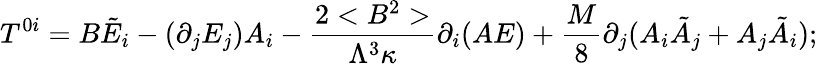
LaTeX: T^{0i}=B\tilde{E}_{i}-(\partial_{j}E_{j})A_{i}-\frac{2<B^{2}>}{\Lambda^{3}\kappa}\partial_{i}(AE)+\frac{M}{8}\partial_{j}(A_{i}\tilde{A}_{j}+A_{j}\tilde{A}_{i});